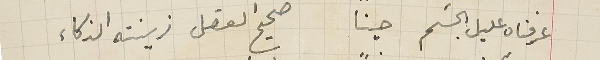
عرفناه عليل الجسَم حيناً صحيح العقل زينته الذكاء